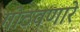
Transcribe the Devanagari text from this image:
गोठवणारे